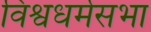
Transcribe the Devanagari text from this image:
विश्वधर्मसभा